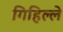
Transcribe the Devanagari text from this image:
गिहिल्ले